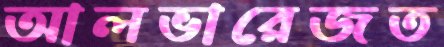
আলভারেজত